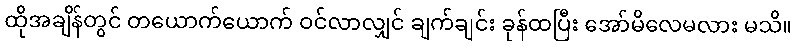
ထိုအချိန်တွင် တယောက်ယောက် ဝင်လာလျှင် ချက်ချင်း ခုန်ထပြီး အော်မိလေမလား မသိ။